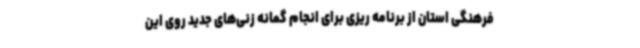
فرهنگی استان از برنامه ریزی برای انجام گمانه زنی‌های جدید روی این